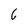
Character: C